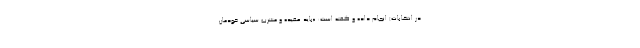
در انتخابات) انجام داده و گفته است: «باید عقیده و مشرب سیاسی خودمان